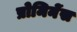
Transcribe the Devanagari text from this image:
प्रोमिनेंस